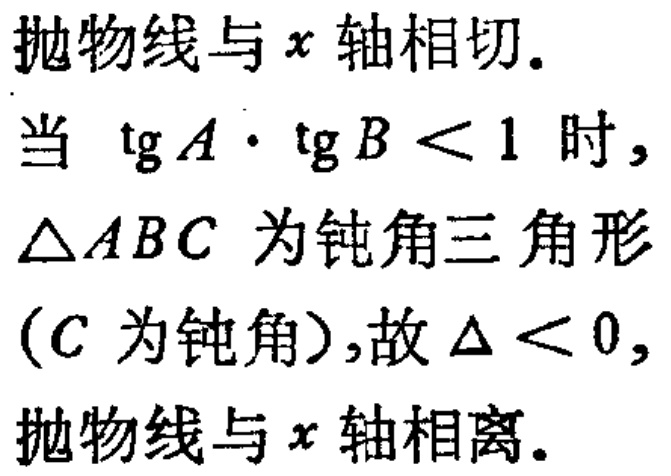
抛物线与\(x\)轴相切.

当\(\mathrm{tg}A\cdot\mathrm{tg}B < 1\)时，

\(\triangle ABC\) 为钝角三角形

(\(C\) 为钝角)，故\(\Delta < 0\)，

抛物线与\(x\)轴相离.